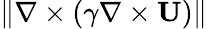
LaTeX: \| {\nabla\times(\gamma\nabla\times{\mathbf{U}})}\|